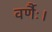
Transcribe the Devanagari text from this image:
वर्णैः।